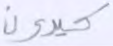
كيدون